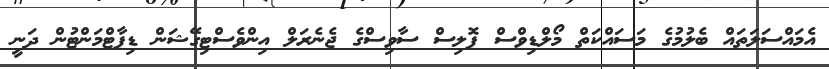
އެމައްސަލަތައް ބެލުމުގެ މަސައްކަތް މޯލްޑިވްސް ޕޮލިސް ސާވިސްގެ ޖެނެރަލް އިންވެސްޓިގޭޝަން ޑިޕާޓްމަންޓުން ދަނީ